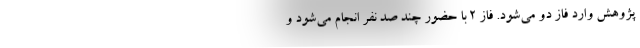
پژوهش وارد فاز دو می‌شود. فاز ۲ با حضور چند صد نفر انجام می‌شود و